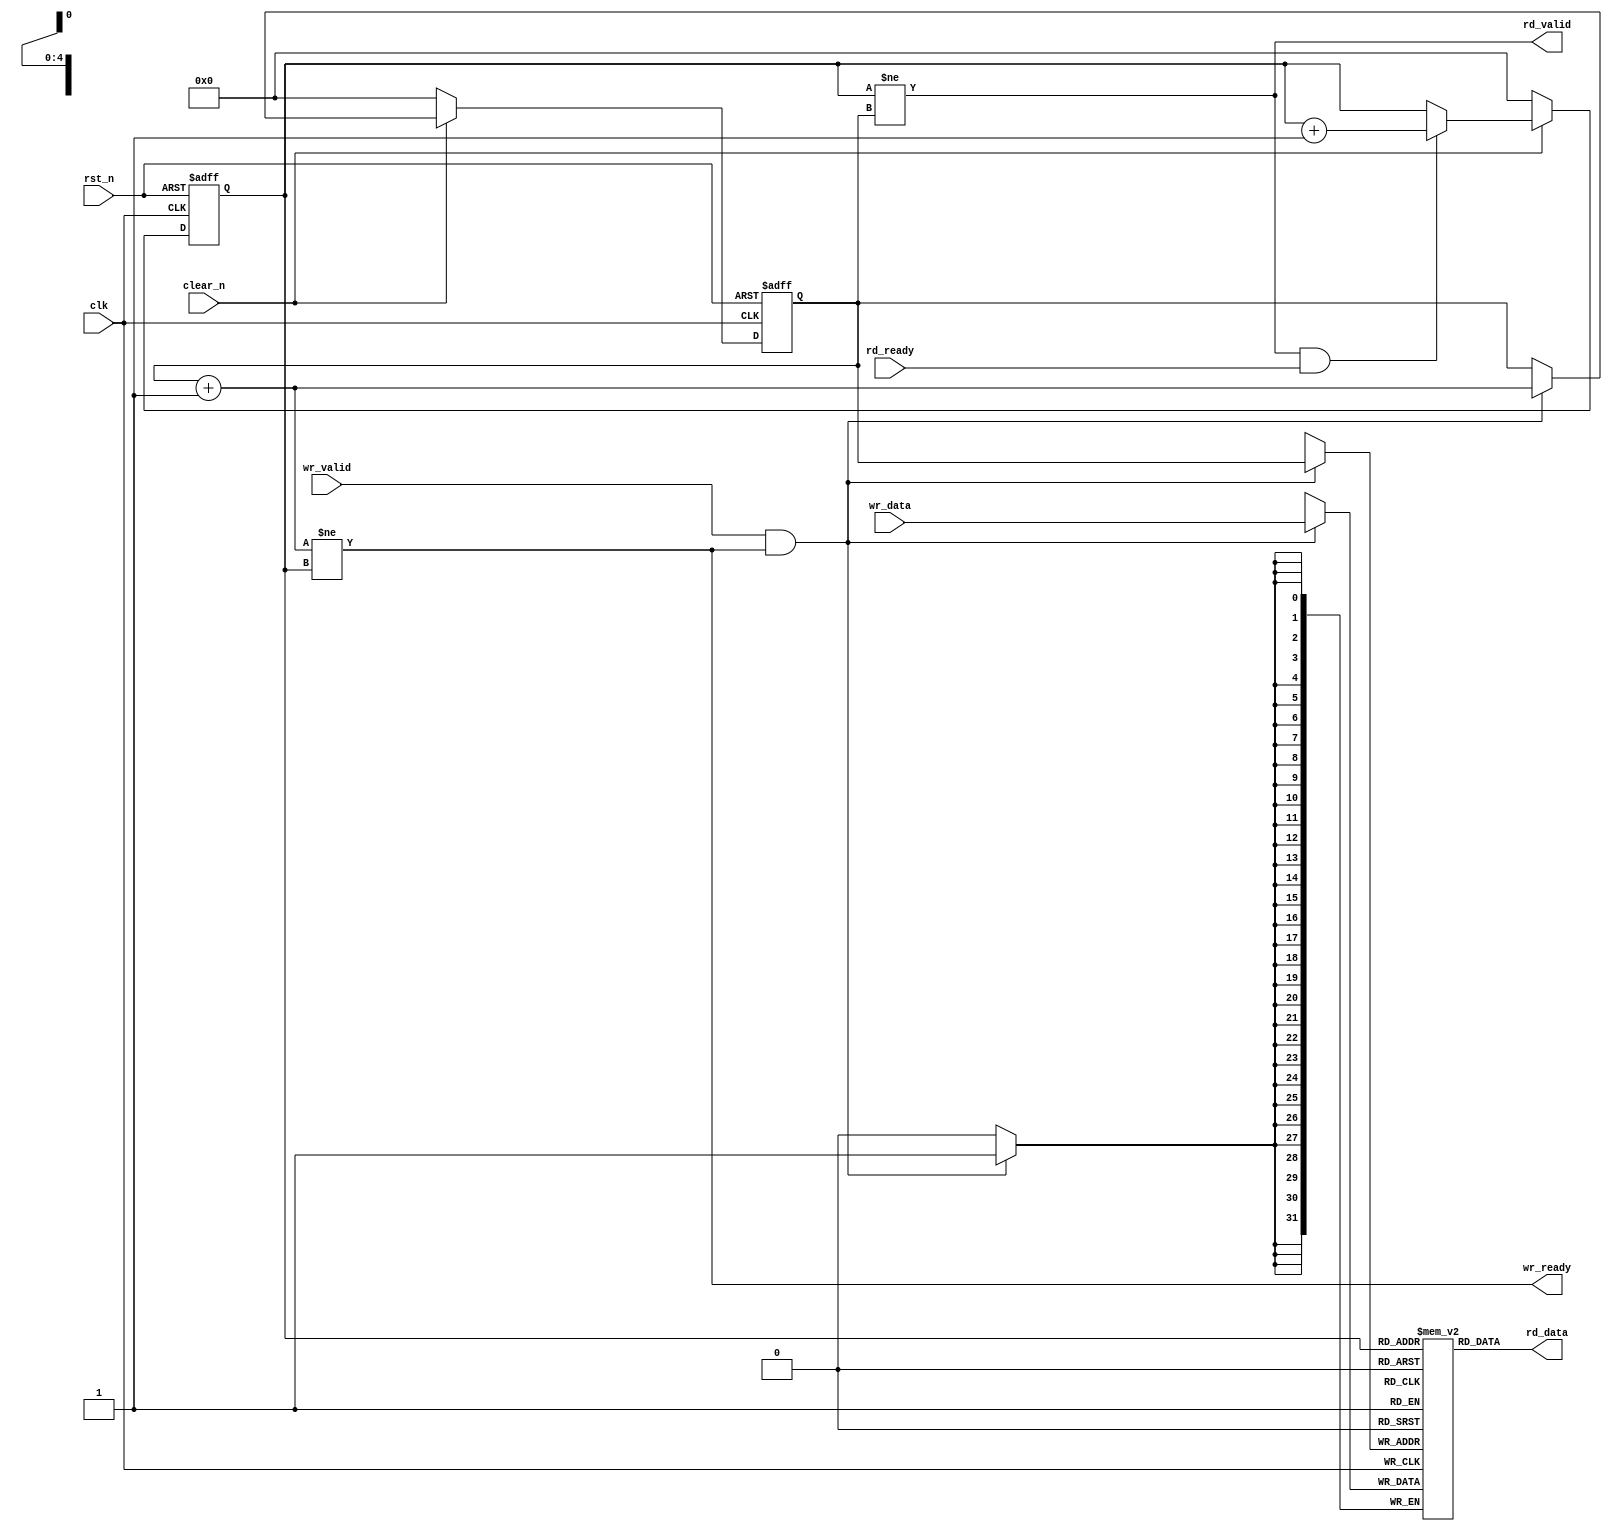
////////////////////////////////////////////////////////////////////////////
// SPDX-FileCopyrightText: 2022 , Julien OURY
//
// Licensed under the Apache License, Version 2.0 (the "License");
// you may not use this file except in compliance with the License.
// You may obtain a copy of the License at
//
//      http://www.apache.org/licenses/LICENSE-2.0
//
// Unless required by applicable law or agreed to in writing, software
// distributed under the License is distributed on an "AS IS" BASIS,
// WITHOUT WARRANTIES OR CONDITIONS OF ANY KIND, either express or implied.
// See the License for the specific language governing permissions and
// limitations under the License.
// SPDX-License-Identifier: Apache-2.0
// SPDX-FileContributor: Created by Julien OURY <julien.oury@outlook.fr>
//
////////////////////////////////////////////////////////////////////////////
module simple_fifo #(
  parameter ASIZE =  5 , // FIFO size (FIFO_size=(2**ASIZE)-1)
  parameter DSIZE = 32   // Number of bits of data
)(
  input  wire             rst_n   , // Asynchronous reset (active low)
  input  wire             clk     , // Clock (rising edge)
  input  wire             clear_n , // Synchronous clear (active low)

  // Write port
  input  wire [DSIZE-1:0] wr_data ,
  input  wire             wr_valid,
  output wire             wr_ready, // Ready flag (0: FIFO full, 1: FIFO not full)

  // Read port
  output wire [DSIZE-1:0] rd_data ,
  output wire             rd_valid,
  input  wire             rd_ready  // Ready flag (0: FIFO empty, 1: FIFO not empty)
);

  wire [ASIZE-1:0]    rd_ptr_next         ;
  wire [ASIZE-1:0]    wr_ptr_next         ;
  reg  [ASIZE-1:0]    rd_ptr              ;
  reg  [ASIZE-1:0]    wr_ptr              ;
  reg  [DSIZE-1:0]    memory[2**ASIZE-1:0];

  assign wr_ptr_next = wr_ptr + 1'b1;
  assign rd_ptr_next = rd_ptr + 1'b1;

  assign wr_ready = (wr_ptr_next != rd_ptr);
  assign rd_valid = (rd_ptr != wr_ptr);

  // Write pointer update
  always @(negedge rst_n or posedge clk) begin
    if (rst_n == 1'b0) begin
      wr_ptr <= 1'b0;
    end else begin
      if (clear_n == 1'b0) begin
        wr_ptr <= 1'b0;
      end else if (wr_valid && wr_ready) begin
        wr_ptr <= wr_ptr_next;
      end
    end
  end

  // Write operation
  always @(posedge clk) begin
    if (wr_valid && wr_ready) begin
      memory[wr_ptr] <= wr_data;
    end
  end

  // Read pointer update
  always @(negedge rst_n or posedge clk) begin
    if (rst_n == 1'b0) begin
      rd_ptr <= 1'b0;
    end else begin
      if (clear_n == 1'b0) begin
        rd_ptr <= 1'b0;
      end else if (rd_valid && rd_ready) begin
        rd_ptr <= rd_ptr_next;
      end
    end
  end

  // Read operation
  assign rd_data = memory[rd_ptr];

endmodule